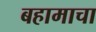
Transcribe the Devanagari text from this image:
बहामाचा